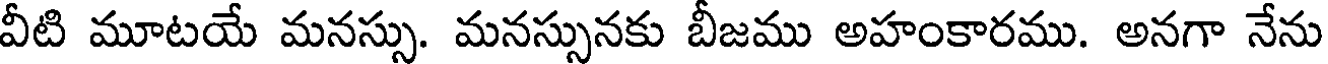
వీటి మూటయే మనస్సు. మనస్సునకు బీజము అహంకారము. అనగా నేను